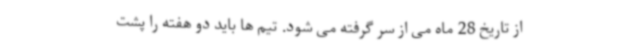
از تاریخ 28 ماه می از سر گرفته می شود. تیم ها باید دو هفته را پشت